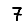
Digit: 7